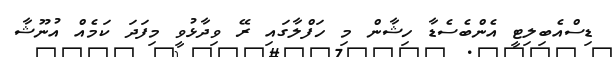
ޑިސްއެބިލިޓީ އެންބެސެޑާ ހިޝާން މި ހަފްލާގައި ރޭ ވިދާޅުވީ މިފަދަ ކަމެއް އުނޫޝާ